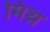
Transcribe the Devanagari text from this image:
मिथ्र